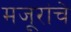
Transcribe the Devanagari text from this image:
मजूरांचे